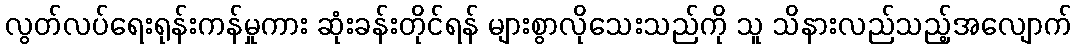
လွတ်လပ်ရေးရုန်းကန်မှုကား ဆုံးခန်းတိုင်ရန် များစွာလိုသေးသည်ကို သူ သိနားလည်သည့်အလျောက်